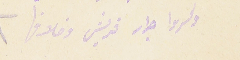
وكسروا جرار قريش وخلافها